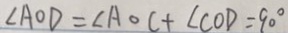
\angle A O D = \angle A O C + \angle C O D = 9 0 ^ { \circ }